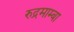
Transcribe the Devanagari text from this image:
रुद्रमाम्बा